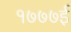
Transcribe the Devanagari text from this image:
१७७७ई